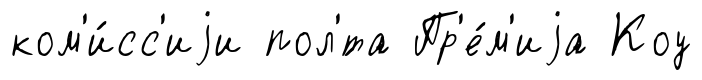
ком'и́сс'иjи пол'́та Пр'е́м'иjа Коу